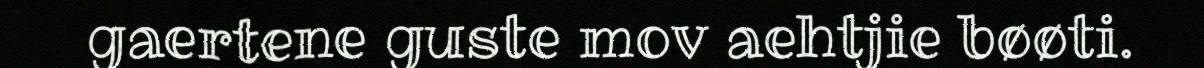
gaertene guste mov aehtjie bøøti.